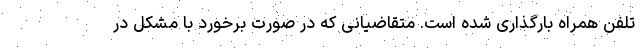
تلفن همراه بارگذاری شده است. متقاضیانی که در صورت برخورد با مشکل در